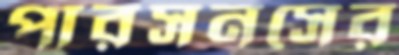
পারসনসের